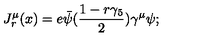
J _ { r } ^ { \mu } ( x ) = e \bar { \psi } ( { \frac { 1 - r \gamma _ { 5 } } { 2 } } ) \gamma ^ { \mu } \psi ;